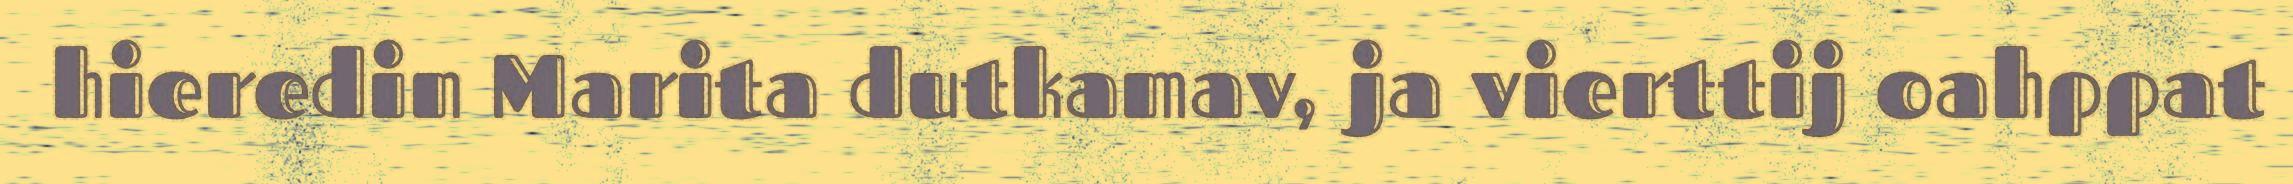
hieredin Marita dutkamav, ja vierttij oahppat